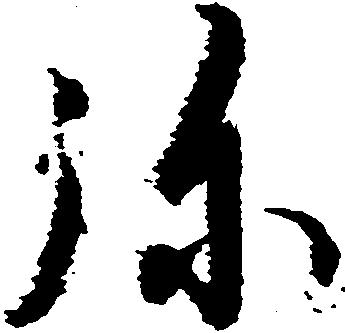
弥